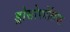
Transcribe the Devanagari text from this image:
ड्रोसोफोलिया